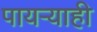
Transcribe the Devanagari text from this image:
पायऱ्याही